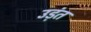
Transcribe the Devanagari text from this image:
उड़ंत